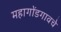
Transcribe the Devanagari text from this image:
महागोंडगावचे